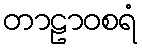
တာဠာဝစရံ